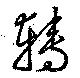
轉